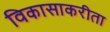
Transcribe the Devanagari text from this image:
विकासाकरीता